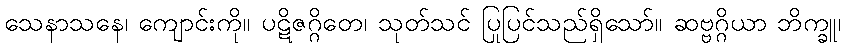
သေနာသနေ၊ ကျောင်းကို။ ပဋိဇဂ္ဂိတေ၊ သုတ်သင် ပြုပြင်သည်ရှိသော်။ ဆဗ္ဗဂ္ဂိယာ ဘိက္ခူ၊